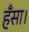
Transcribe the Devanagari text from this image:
हँसा।